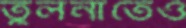
তুলনাতেও